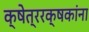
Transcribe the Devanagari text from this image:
क्षेत्ररक्षकांना